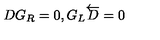
D G _ { R } = 0 , G _ { L } \overleftarrow { D } = 0